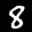
Label: 8